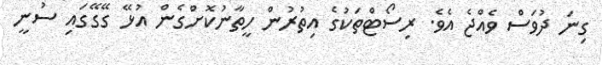
ގިނަ ދުވަސް ވެއްޖެ އެވެ. ރިސޯޓްތަކުގެ އިތުރުން ހީތާނުކޮށްގެން އުޅޭ ގޭގޭގައި ސުނީ